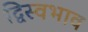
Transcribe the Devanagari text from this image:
द्विस्‍वभाव